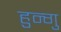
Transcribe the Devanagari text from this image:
हुन्गु